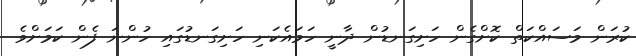
ކުރަން މަސައްކަތް ކޮށްގެން ހަށިގަނޑުން ދާނީ ހަމައެކަނި ހަށިގަނޑުގައި ހުންނަ ފެން ކަމަށްވެ